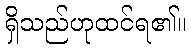
ရှိသည်ဟုထင်ရ၏။